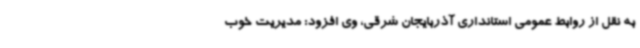
به نقل از روابط عمومی استانداری آذربایجان شرقی، وی افزود: مدیریت خوب